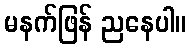
မနက်ဖြန် ညနေပါ။